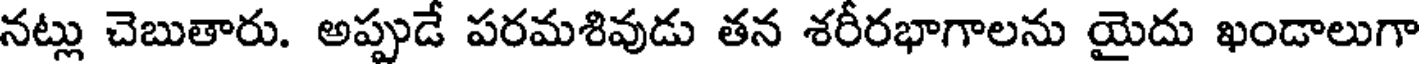
నట్లు చెబుతారు. అప్పుడే పరమశివుడు తన శరీరభాగాలను యైదు ఖండాలుగా